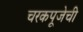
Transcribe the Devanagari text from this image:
चरकपूजेची